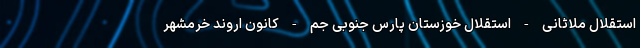
استقلال ملاثانی - استقلال خوزستان پارس جنوبی جم - کانون اروند خرمشهر